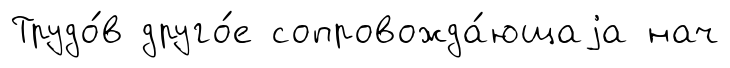
Трудо́в друго́е сопровожда́ющаjа нач